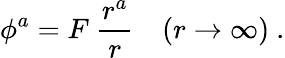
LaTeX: \phi^{a}=F\ \frac{r^{a}}{r}\quad(r\rightarrow\infty)\ .